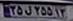
۳۵ل۲۵۵۱۳